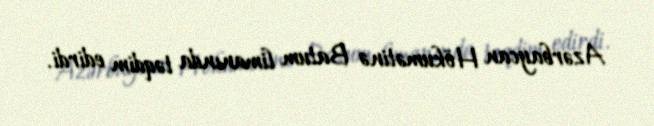
Azərbaycan Hökumətinə Batum limanında təqdim edirdi.